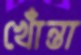
খোঁন্তা